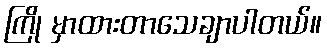
ကြို မှာထားတာသေချာပါတယ်။